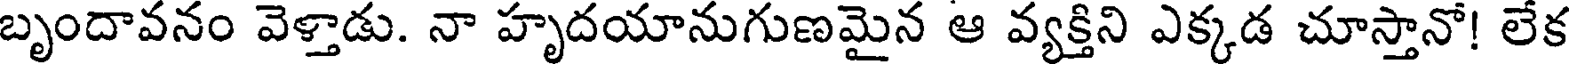
బృందావనం వెళ్తాడు. నా హృదయానుగుణమైన ఆ వ్యక్తిని ఎక్కడ చూస్తానో! లేక